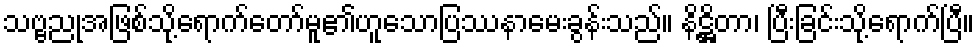
သဗ္ဗညုအဖြစ်သို့ရောက်တော်မူ၏ဟူသောပြဿနာမေးခွန်းသည်။ နိဋ္ဌိတာ၊ ပြီးခြင်းသို့ရောက်ပြီ။